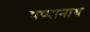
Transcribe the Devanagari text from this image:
पप्पानाथ